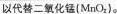
以代替二氧化锰(MnO_{2})。